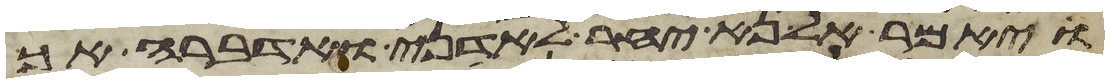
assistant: ויאמר אל נא יחר לאדני ואדברה אך